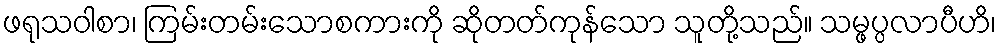
ဖရုသဝါစာ၊ ကြမ်းတမ်းသောစကားကို ဆိုတတ်ကုန်သော သူတို့သည်။ သမ္ဖပ္ပလာပီဟိ၊